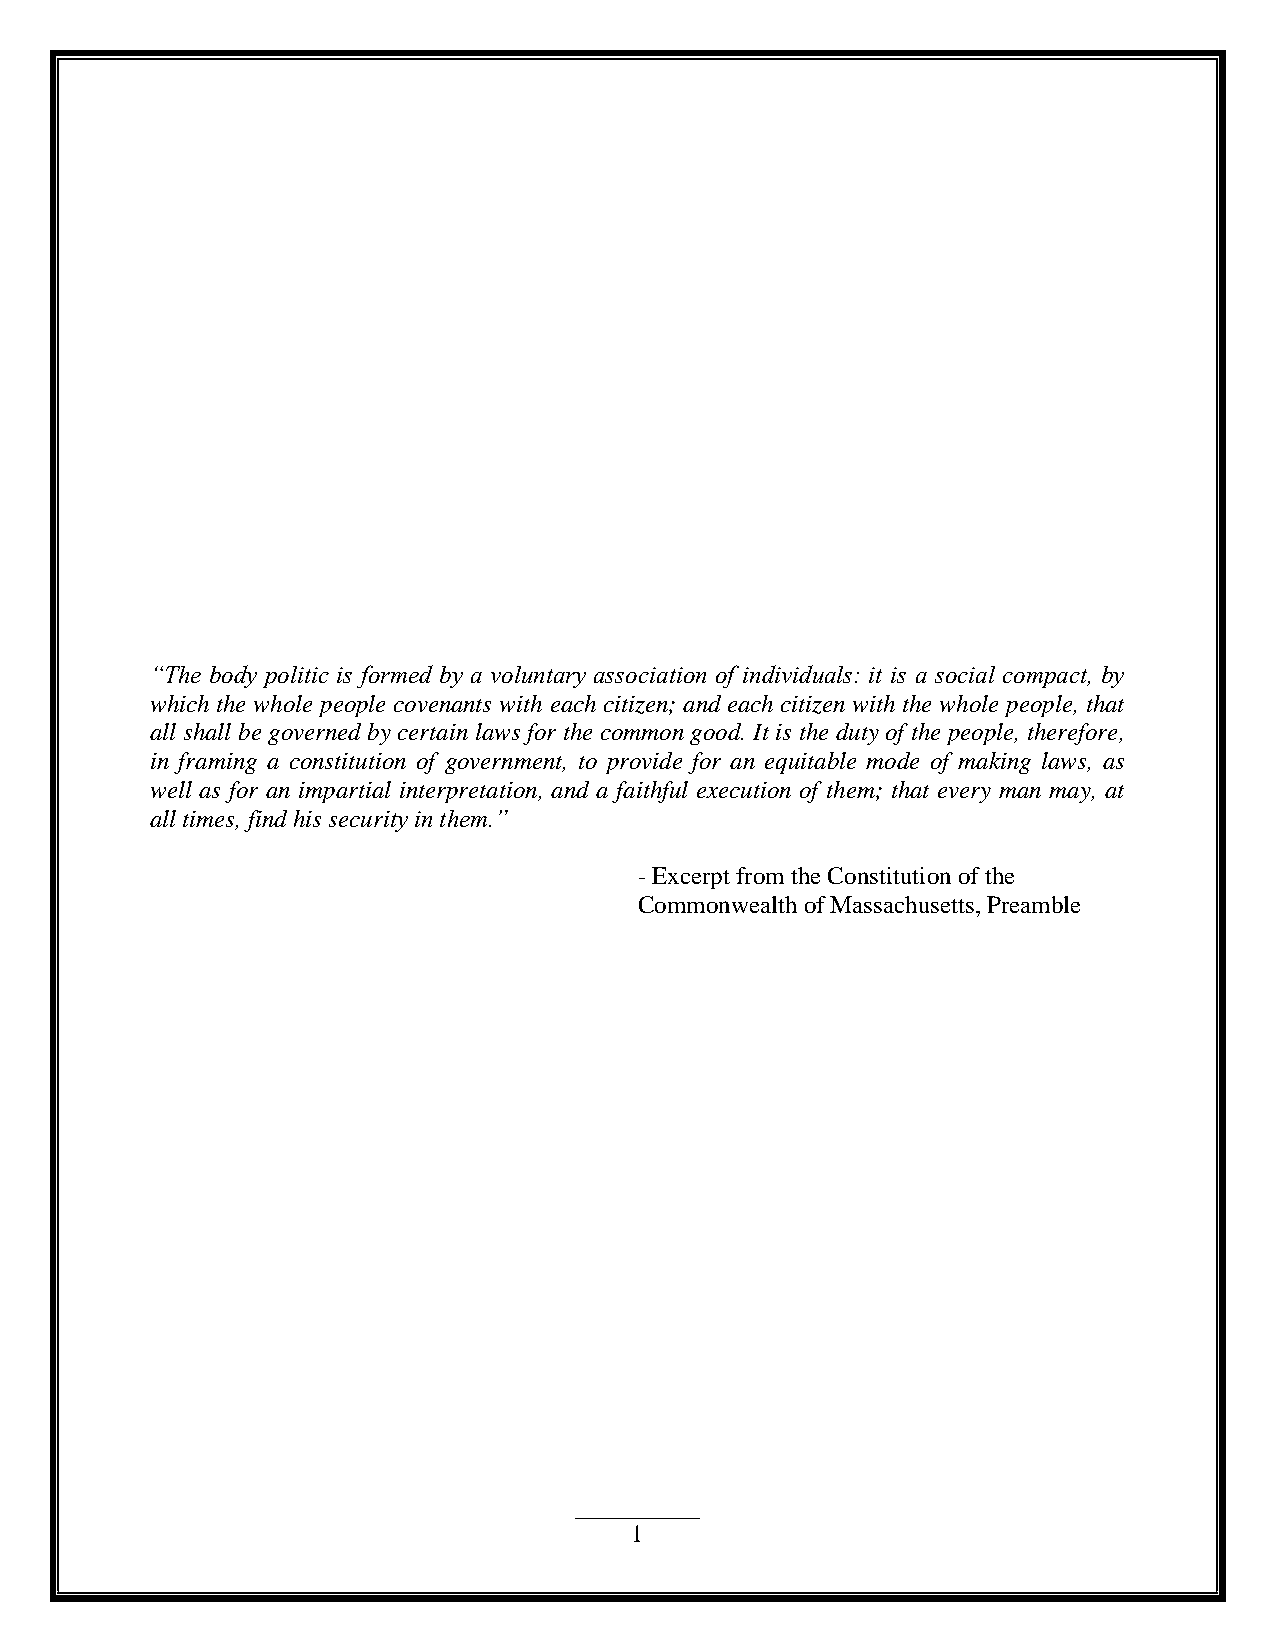
“The body politic is formed by a voluntary association of individuals: it is a social compact, by
 which the whole people covenants with each citizen; and each citizen with the whole people, that
 all shall be governed by certain laws for the common good. It is the duty of the people, therefore,
 in framing a constitution of government, to provide for an equitable mode of making laws, as
 well as for an impartial interpretation, and a faithful execution of them; that every man may, at
 all times, find his security in them.”
 - Excerpt from the Constitution of the
 Commonwealth of Massachusetts, Preamble
 1